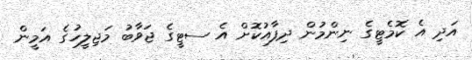
އަދި އެ ކޮމެޓީގެ ނިންމުން ދިފާއުކޮށް އެ ސޓީގެ ޖަވާބު މަޖިލީހުގެ އަމީން